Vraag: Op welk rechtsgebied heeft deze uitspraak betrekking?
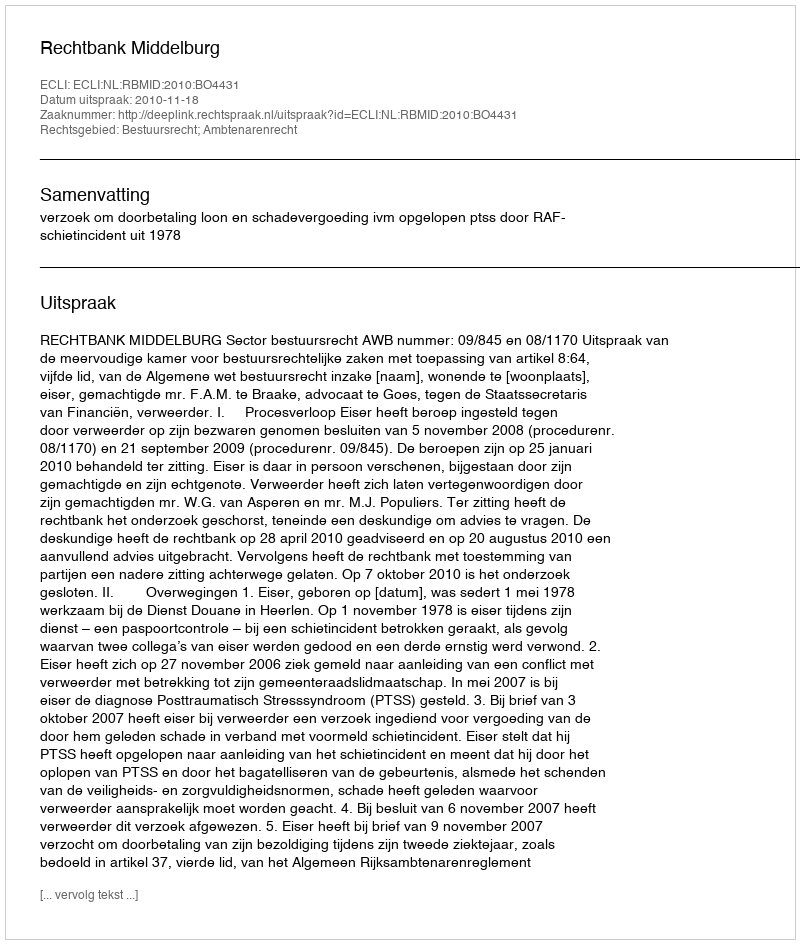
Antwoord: Bestuursrecht; Ambtenarenrecht